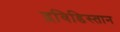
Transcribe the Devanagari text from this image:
द्रविडिस्तान